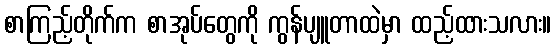
စာကြည့်တိုက်က စာအုပ်တွေကို ကွန်ပျူတာထဲမှာ ထည့်ထားသလား။